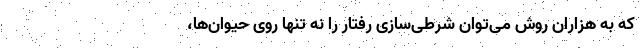
که به هزاران روش می‌توان شرطی‌سازی رفتار را نه تنها روی حیوان‌ها،